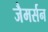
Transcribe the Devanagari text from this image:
जैमर्सन